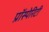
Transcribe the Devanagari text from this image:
प्रॉस्पेरिटी